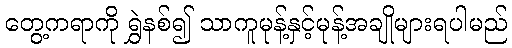
တွေ့ကရာကို ရွှဲနစ်၍ သာကူမုန့်နှင့်မုန့်အချိုများရပါမည်